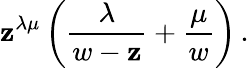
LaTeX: \mathbf{z}^{\lambda\mu}\left({\frac{{\lambda}}{{w-\mathbf{z}}}}+{\frac{{\mu}}{{w}}}\right)\, .